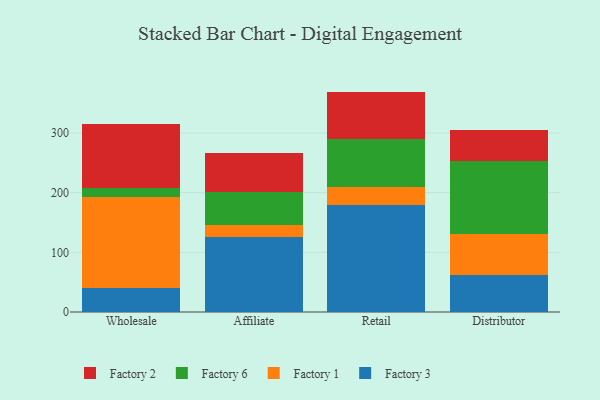
{"axis": {"x": "Channel", "y": "Energy Usage (MWh)"}, "legend": ["Factory 1", "Factory 2", "Factory 3", "Factory 6"], "data": [{"x": "Wholesale", "y": 39.9, "type": "Factory 3"}, {"x": "Wholesale", "y": 152.1, "type": "Factory 1"}, {"x": "Wholesale", "y": 15.5, "type": "Factory 6"}, {"x": "Wholesale", "y": 108.4, "type": "Factory 2"}, {"x": "Affiliate", "y": 125.0, "type": "Factory 3"}, {"x": "Affiliate", "y": 20.5, "type": "Factory 1"}, {"x": "Affiliate", "y": 54.9, "type": "Factory 6"}, {"x": "Affiliate", "y": 65.9, "type": "Factory 2"}, {"x": "Retail", "y": 179.1, "type": "Factory 3"}, {"x": "Retail", "y": 31.1, "type": "Factory 1"}, {"x": "Retail", "y": 80.0, "type": "Factory 6"}, {"x": "Retail", "y": 79.2, "type": "Factory 2"}, {"x": "Distributor", "y": 61.6, "type": "Factory 3"}, {"x": "Distributor", "y": 68.6, "type": "Factory 1"}, {"x": "Distributor", "y": 122.3, "type": "Factory 6"}, {"x": "Distributor", "y": 52.4, "type": "Factory 2"}]}